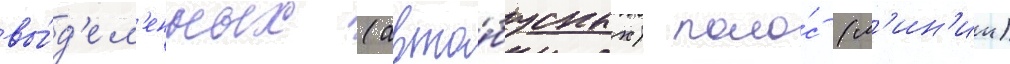
вы́д'ел'енных (авто́бусных) поло́с (л'ин'ии)